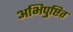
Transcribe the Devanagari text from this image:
अभिपुष्टित